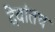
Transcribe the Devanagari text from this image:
देवांतच